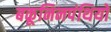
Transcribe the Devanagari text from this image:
बकूनिनपंथियों